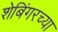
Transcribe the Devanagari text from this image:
शेबिंगरच्या